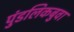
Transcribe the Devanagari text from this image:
पुंडलिकबुवा